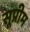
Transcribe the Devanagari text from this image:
सूप्रीम